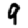
Digit: 9